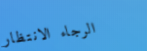
الرجاء الانتظار